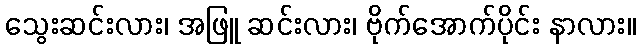
သွေးဆင်းလား၊ အဖြူ ဆင်းလား၊ ဗိုက်အောက်ပိုင်း နာလား။